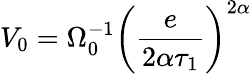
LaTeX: V_{0}=\Omega_{0}^{-1}\left(\frac{e}{2\alpha\tau_{1}}\right)^{2\alpha}